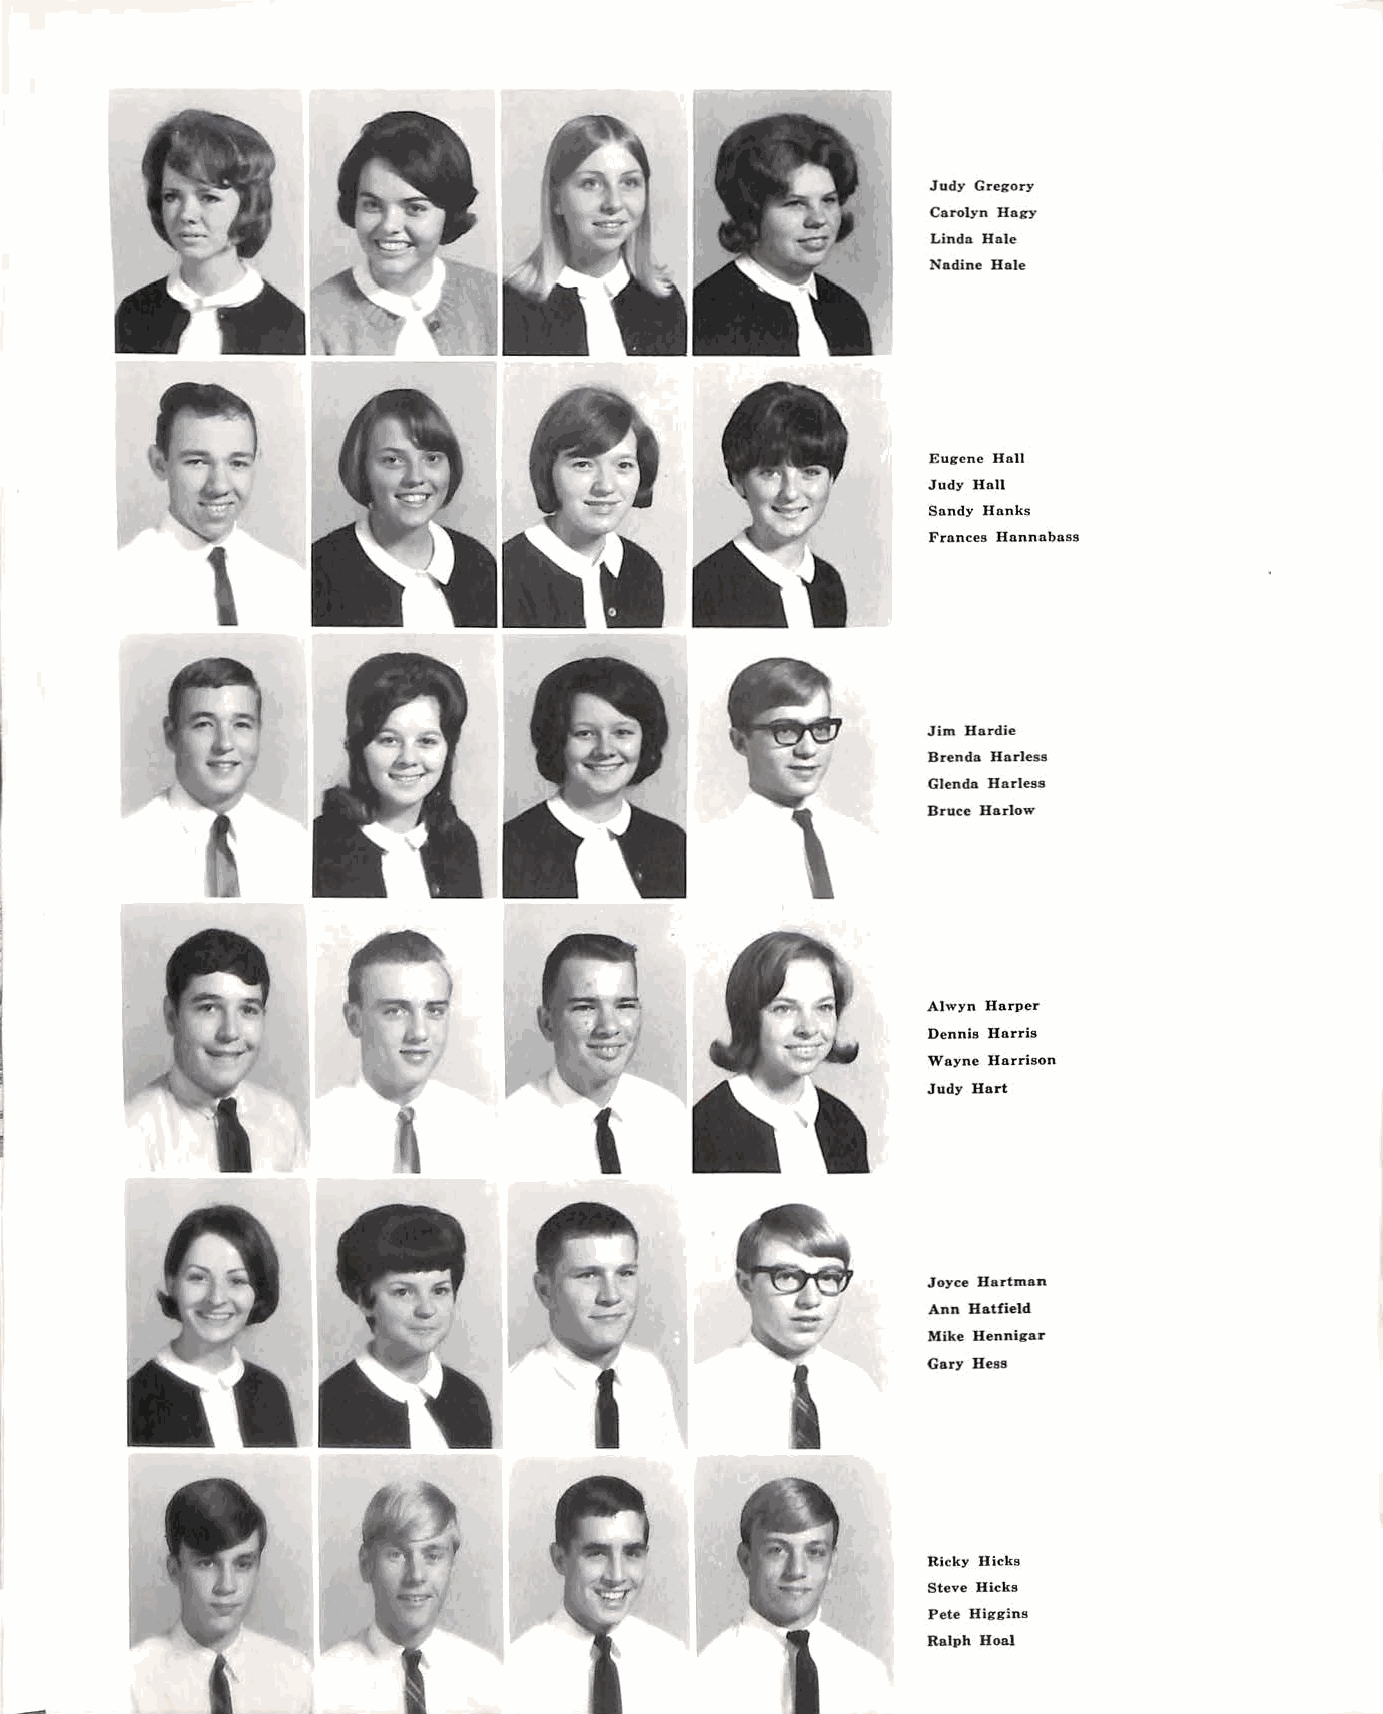
Judy Gregory
 Carolyn Hagy
 Linda Hale
 Nadine Hale
 Eugene Hall
 Judy Hall
 Sandy Hanks
 Frances Hannabass
 Jim Hardie
 Brenda Harless
 Glenda Harless
 Bruce Harlow
 Alwyn Harper
 Dennis Harris
 Wayne Harrison
 Judy Hart
 Joyce Hartman
 Ann Hatfield
 Mike Hennigar
 I                     Gary Bess
 Ricky Hicks
 Steve Hicks
 Pete Higgins
 Ralph Roal